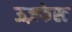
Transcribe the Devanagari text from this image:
ऊज़फेस्ट